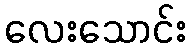
လေးသောင်း